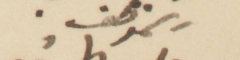
الموظف